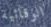
الوقائية